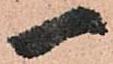
一